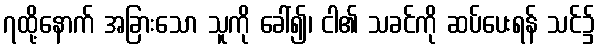
၇ထို့နောက် အခြားသော သူကို ခေါ်၍၊ ငါ၏ သခင်ကို ဆပ်ပေးရန် သင်၌